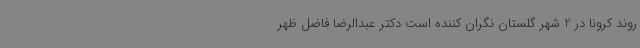
روند کرونا در 2 شهر گلستان نگران کننده است دکتر عبدالرضا فاضل ظهر